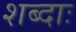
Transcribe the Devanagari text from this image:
शब्दाः